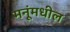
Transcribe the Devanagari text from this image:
मनूंमधील